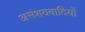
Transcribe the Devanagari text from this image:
असंशयवादियों